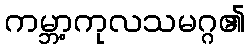
ကမ္ဘာ့ကုလသမဂ္ဂ၏